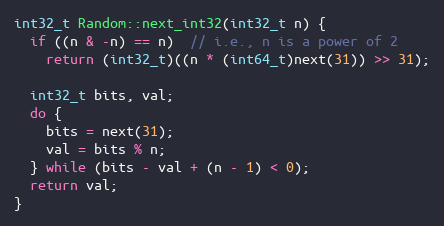
Language: C++
int32_t Random::next_int32(int32_t n) {
  if ((n & -n) == n)  // i.e., n is a power of 2
    return (int32_t)((n * (int64_t)next(31)) >> 31);

  int32_t bits, val;
  do {
    bits = next(31);
    val = bits % n;
  } while (bits - val + (n - 1) < 0);
  return val;
}